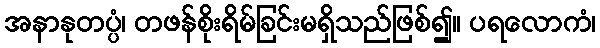
အနာနုတပ္ပံ၊ တဖန်စိုးရိမ်ခြင်းမရှိသည်ဖြစ်၍။ ပရလောကံ၊